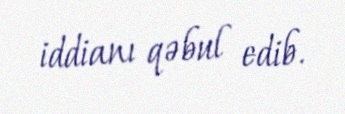
iddianı qəbul edib.